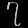
Digit: ၇